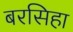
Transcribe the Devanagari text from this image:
बरसिहा